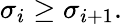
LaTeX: \sigma_{i}\geq\sigma_{i+1}.